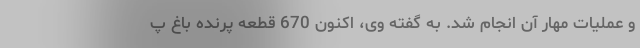
و عملیات مهار آن انجام شد. به گفته وی، اکنون 670 قطعه پرنده باغ پ